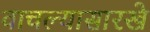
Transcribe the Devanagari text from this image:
वाचल्यासारखे